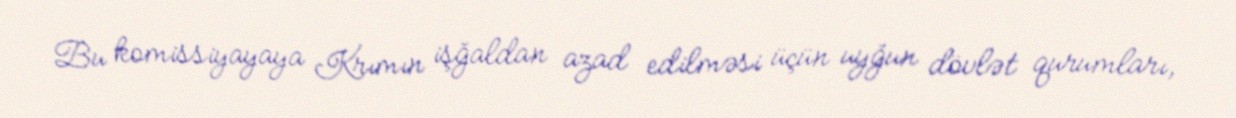
Bu komissiyayaya Krımın işğaldan azad edilməsi üçün uyğun dövlət qurumları,